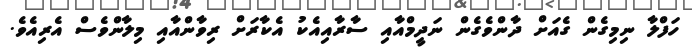
ހަފްލާ ނިމިގެން ގެއަށް ދާންވެގެން ނަދީމްއާއި ސާރާއިއެކު އެކާރަށް ރިވާންއާއި މިލާންވެސް އެރިއެވެ.